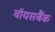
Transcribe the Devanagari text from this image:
वॉयसबैंक